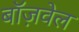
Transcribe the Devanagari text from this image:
बॉज़वेल